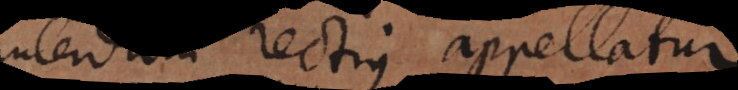
Interdum rectius appellatur